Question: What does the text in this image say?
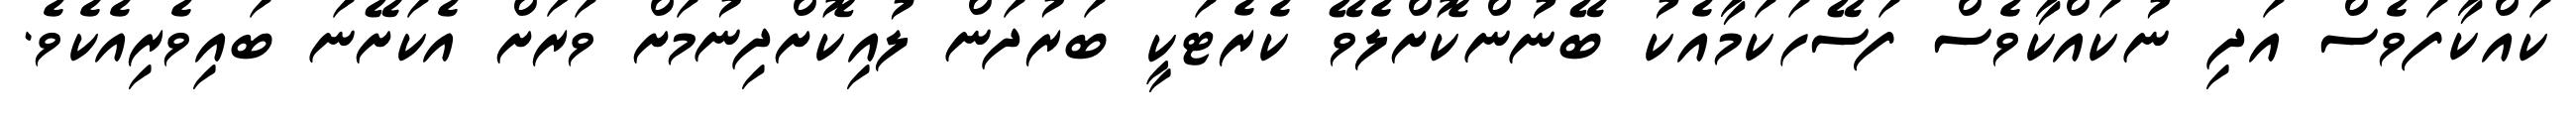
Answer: ކައްކާފަވެސް އަދި ނުކައްކާވެސް ފަސޭހަކަމާއެކު ބޭނުންކޮށްލެވޭ ކެރެޓަކީ ބަރުދަން ލުއިކޮށްދިނުމަށް ވަރަށް އެކަށޭނަ ބައިވެރިއެކެވެ.